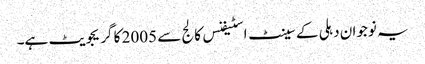
یہ نوجوان دہلی کے سینٹ اسٹیفنس کالج سے 2005 کا گریجویٹ ہے۔